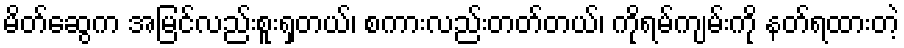
မိတ်ဆွေက အမြင်လည်းစူးရှတယ်၊ စကားလည်းတတ်တယ်၊ ကိုရမ်ကျမ်းကို နတ်ရထားတဲ့